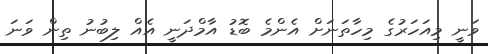
ވަނީ މިއަހަރުގެ މިހާތަނަށް އެންމެ ބޮޑު އާމްދަނީ އެއް ލިބުނު ތިން ވަނަ